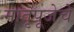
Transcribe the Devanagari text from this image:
मातृपूजेचे